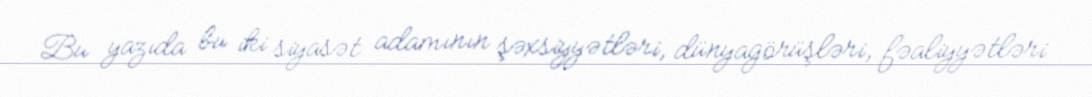
Bu yazıda bu iki siyasət adamının şəxsiyyətləri, dünyagörüşləri, fəaliyyətləri